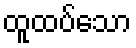
ထူထပ်သော